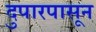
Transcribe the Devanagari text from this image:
दुपारपासून